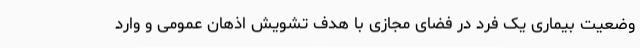
وضعیت بیماری یک فرد در فضای مجازی با هدف تشویش اذهان عمومی و وارد